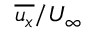
\overline { { u _ { x } } } / U _ { \infty }